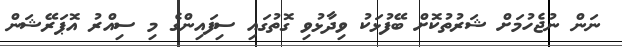
ނަން ނުޖެހުމަށް ޝަރުތުކޮށް ބޭފުޅަކު ވިދާޅުވި ގޮތުގައި ސިފައިންގެ މި ސިއްރު އޮޕަރޭޝަން